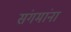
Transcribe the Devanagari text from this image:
संगमांना